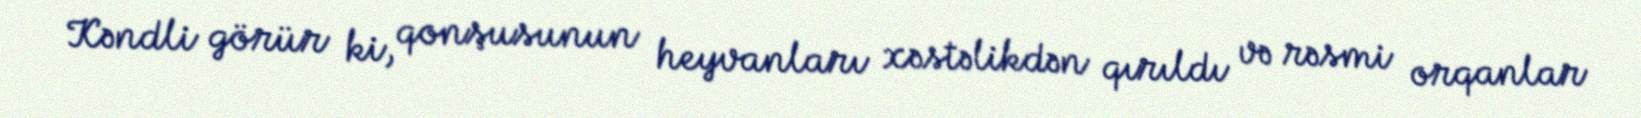
Kəndli görür ki, qonşusunun heyvanları xəstəlikdən qırıldı və rəsmi orqanlar